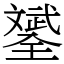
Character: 𣁦